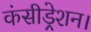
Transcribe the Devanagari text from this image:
कंसीड्रेशन।